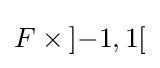
F\times \left]-1,1\right[